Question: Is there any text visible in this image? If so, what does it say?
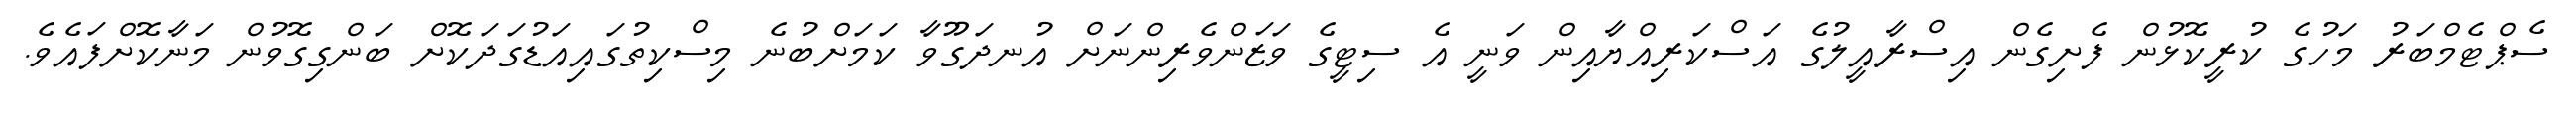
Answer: ސެޕްޓެމްބަރު މަހުގެ ކުރީކޮޅުން ފެށިގެން އިސްރާއީލުގެ އަސްކަރިއްޔާއިން ވަނީ އެ ސިޓީގެ ވަޒަންވެރިންނަށް އުނދަގޫވާ ކަމަށްބުނެ މިސްކިތުގައިއަޑުގަދަކޮށް ބަންގިގޮވުން މަނާކޮށްފައެވެ.